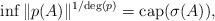
LaTeX: \begin{align*}\inf \|p(A)\|^{1/{\rm deg}(p) } = {\rm cap}(\sigma(A)),\end{align*}